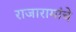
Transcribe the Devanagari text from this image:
राजारामांचे